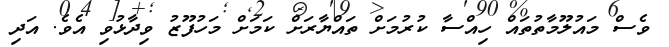
ވެސް މައުލޫމާތުތައް ހިއްސާ ކުރުމަށް ތައްޔާރަށް ކަމަށް މަހުފޫޒު ވިދާޅުވި އެވެ. އަދި